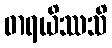
ဓာရယိဿသိ